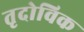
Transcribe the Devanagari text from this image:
तृदोविक